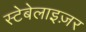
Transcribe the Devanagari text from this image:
स्टेबेलाइज़र